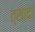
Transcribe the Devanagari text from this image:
त्सादा